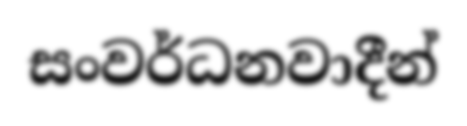
සංවර්ධනවාදීන්